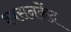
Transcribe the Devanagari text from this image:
श्वसनकेंद्र